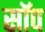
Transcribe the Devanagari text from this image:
सॉप